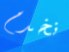
نخدم